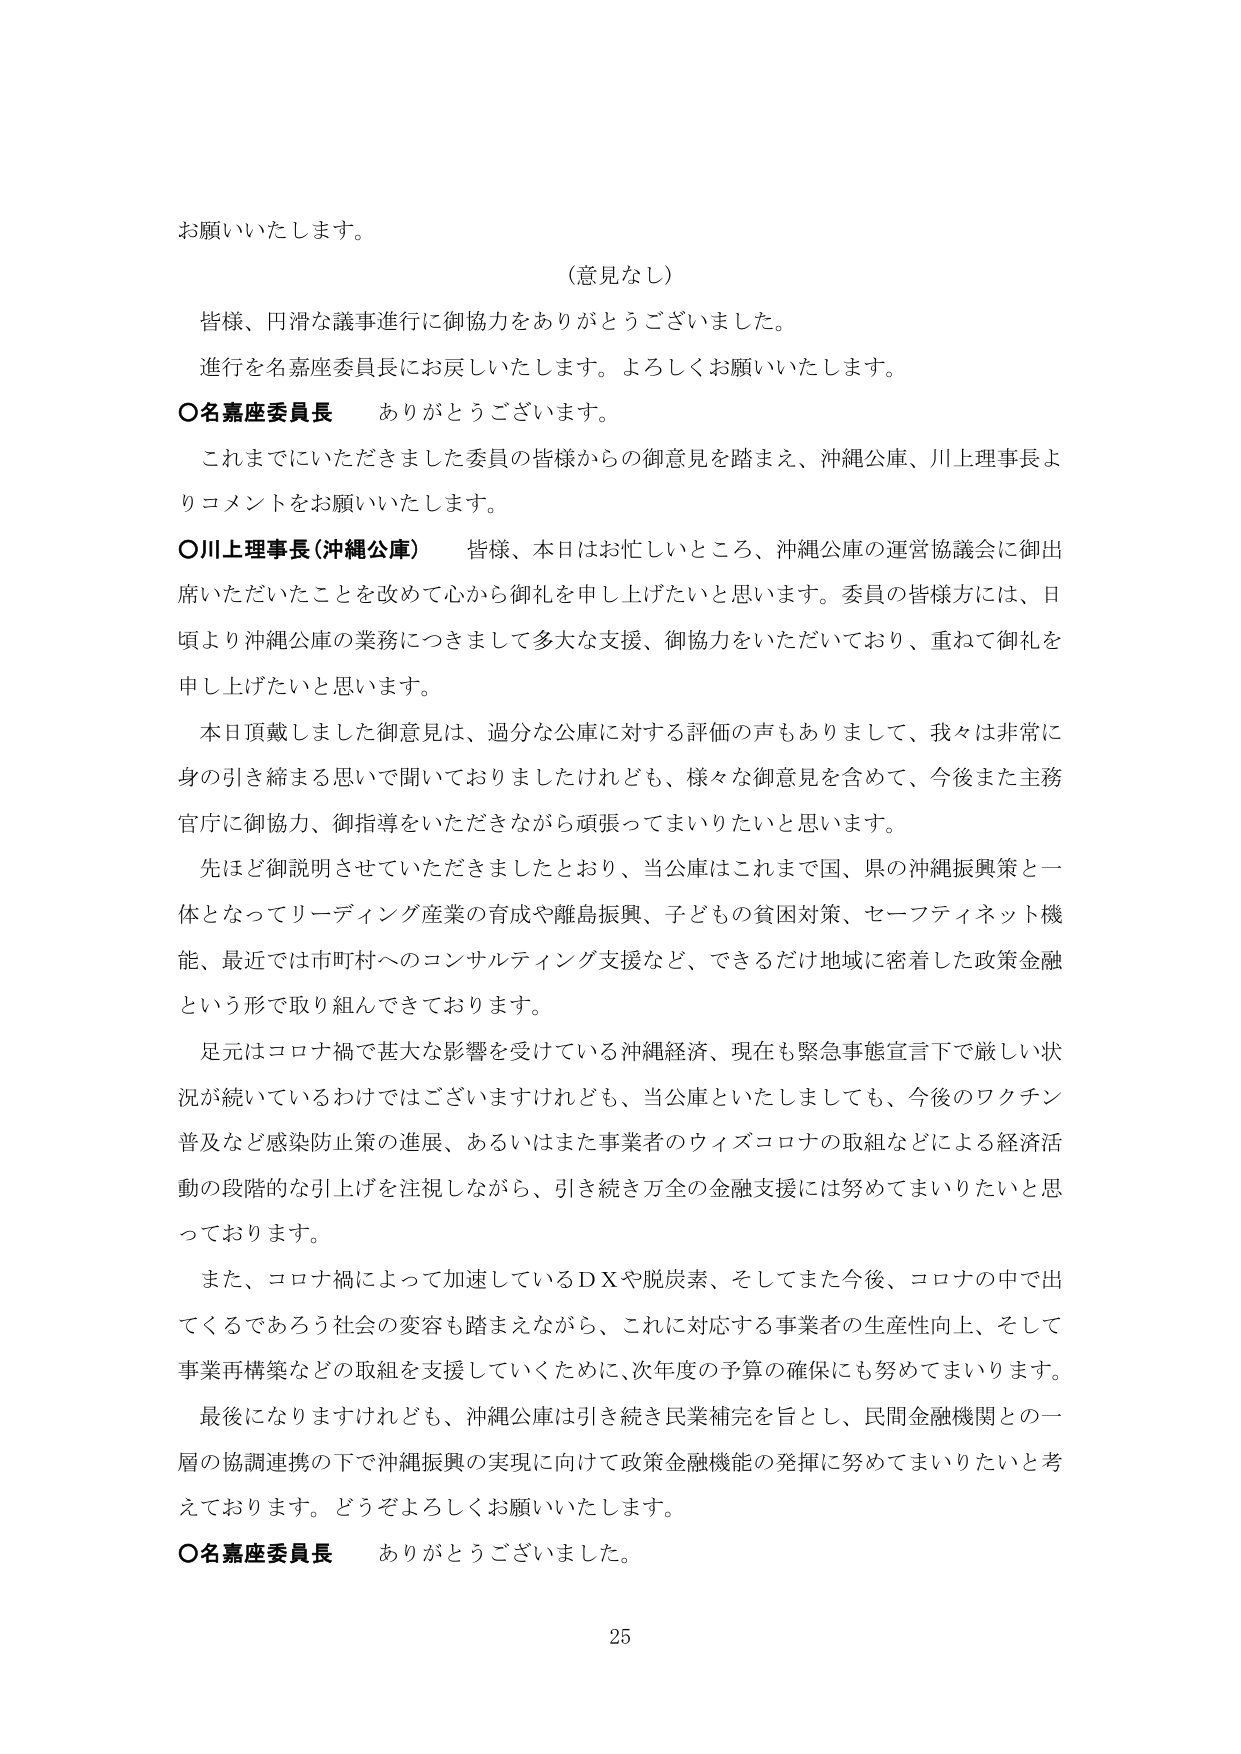
お願いいたします。

（意見なし）

皆様、円滑な議事進行に御協力をありがとうございました。

進行を名嘉座委員長にお戻しいたします。よろしくお願いいたします。

〇名嘉座委員長　ありがとうございます。

これまでにいただきました委員の皆様からの御意見を踏まえ、沖縄公庫、川上理事長よりコメントをお願いいたします。

〇川上理事長（沖縄公庫）　皆様、本日はお忙しいところ、沖縄公庫の運営協議会に御出席いただいたことを改めて心から御礼を申し上げたいと思います。委員の皆様方には、日頃より沖縄公庫の業務につきまして多大な支援、御協力をいただいており、重ねて御礼を申し上げたいと思います。

本日頂戴しました御意見は、過分な公庫に対する評価の声もありまして、我々は非常に身の引き締まる思いで聞いておりましたけれども、様々な御意見を含めて、今後また主務官庁に御協力、御指導をいただきながら頑張ってまいりたいと思います。

先ほど御説明させていただきましたとおり、当公庫はこれまで国、県の沖縄振興策と一体となってリーディング産業の育成や離島振興、子どもの貧困対策、セーフティネット機能、最近では市町村へのコンサルティング支援など、できるだけ地域に密着した政策金融という形で取り組んできております。

足元はコロナ禍で甚大な影響を受けている沖縄経済、現在も緊急事態宣言下で厳しい状況が続いているわけではございますけれども、当公庫といたしましても、今後のワクチン普及など感染防止策の進展、あるいはまた事業者のウィズコロナの取組などによる経済活動の段階的な引上げを注視しながら、引き続き万全の金融支援には努めてまいりたいと思っております。

また、コロナ禍によって加速しているＤＸや脱炭素、そしてまた今後、コロナの中で出てくるであろう社会の変容も踏まえながら、これに対応する事業者の生産性向上、そして事業再構築などの取組を支援していくために、次年度の予算の確保にも努めてまいります。

最後になりますけれども、沖縄公庫は引き続き民業補完を旨とし、民間金融機関との一層の協調連携の下で沖縄振興の実現に向けて政策金融機能の発揮に努めてまいりたいと考えております。どうぞよろしくお願いいたします。

〇名嘉座委員長　ありがとうございました。

25